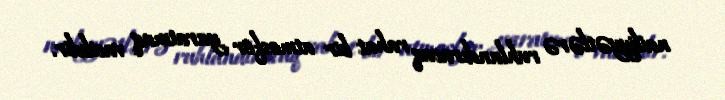
nailiyyətlərə ruhlandıracaq rahat bir atmosfer yaratmaq vacibdir.